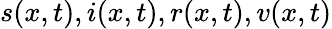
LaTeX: s(x,t),i(x,t),r(x,t),v(x,t)